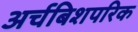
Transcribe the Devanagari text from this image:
अर्चबिशपरिक